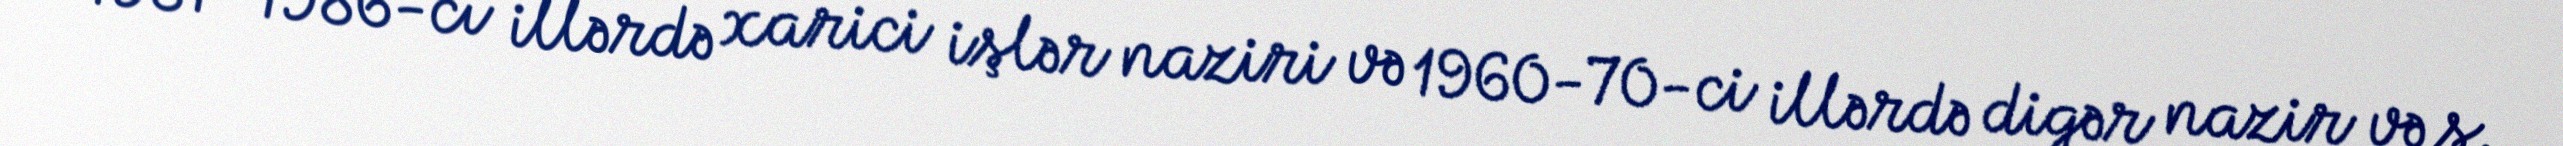
1981–1986-cı illərdə xarici işlər naziri və 1960-70-ci illərdə digər nazir və s.